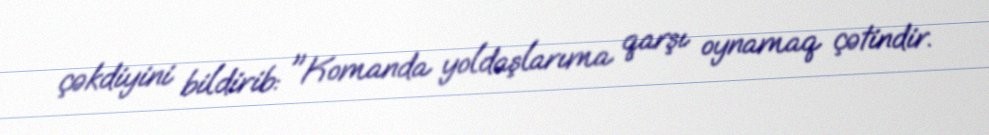
çəkdiyini bildirib: "Komanda yoldaşlarıma qarşı oynamaq çətindir.